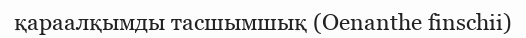
қараалқымды тасшымшық (Oenanthe finschii)